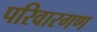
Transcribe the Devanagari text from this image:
परिवारगण